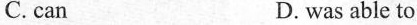
C. can D. was able to